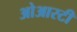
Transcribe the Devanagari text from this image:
ओआरटी